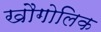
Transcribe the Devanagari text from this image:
खौगोलिक